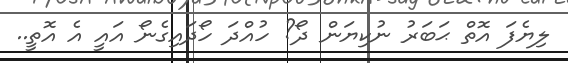
ލިޔެފަ އޮތް ޙަބަރު ނުކިޔަން ދޯ? ހުއްދަ ހޯދައިގެނޯ އައީ އެ އޮތީ..